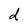
Character: d